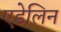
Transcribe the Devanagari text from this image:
एडेलिन